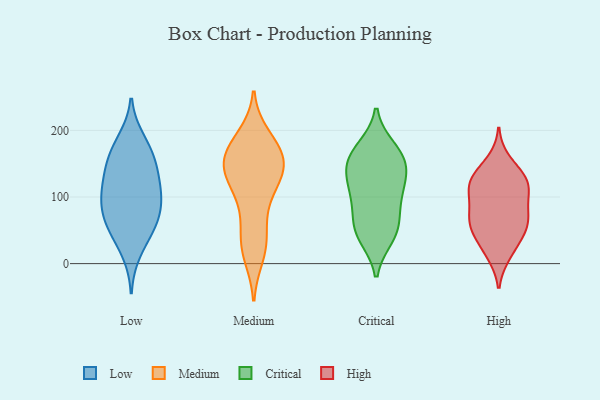
{"axis": {"x": "Temperature (°C)", "y": "Value"}, "legend": ["Critical", "High", "Low", "Medium"], "data": [{"x": "", "y": 114, "type": "Low"}, {"x": "", "y": 155, "type": "Low"}, {"x": "", "y": 56, "type": "Low"}, {"x": "", "y": 150, "type": "Low"}, {"x": "", "y": 109, "type": "Low"}, {"x": "", "y": 54, "type": "Low"}, {"x": "", "y": 16, "type": "Low"}, {"x": "", "y": 96, "type": "Low"}, {"x": "", "y": 187, "type": "Low"}, {"x": "", "y": 50, "type": "Low"}, {"x": "", "y": 95, "type": "Low"}, {"x": "", "y": 179, "type": "Low"}, {"x": "", "y": 87, "type": "Low"}, {"x": "", "y": 151, "type": "Low"}, {"x": "", "y": 69, "type": "Low"}, {"x": "", "y": 129, "type": "Low"}, {"x": "", "y": 75, "type": "Medium"}, {"x": "", "y": 24, "type": "Medium"}, {"x": "", "y": 13, "type": "Medium"}, {"x": "", "y": 135, "type": "Medium"}, {"x": "", "y": 136, "type": "Medium"}, {"x": "", "y": 155, "type": "Medium"}, {"x": "", "y": 105, "type": "Medium"}, {"x": "", "y": 173, "type": "Medium"}, {"x": "", "y": 151, "type": "Medium"}, {"x": "", "y": 46, "type": "Medium"}, {"x": "", "y": 173, "type": "Medium"}, {"x": "", "y": 181, "type": "Medium"}, {"x": "", "y": 156, "type": "Medium"}, {"x": "", "y": 27, "type": "Medium"}, {"x": "", "y": 190, "type": "Medium"}, {"x": "", "y": 142, "type": "Medium"}, {"x": "", "y": 108, "type": "Medium"}, {"x": "", "y": 136, "type": "Medium"}, {"x": "", "y": 86, "type": "Critical"}, {"x": "", "y": 152, "type": "Critical"}, {"x": "", "y": 116, "type": "Critical"}, {"x": "", "y": 158, "type": "Critical"}, {"x": "", "y": 114, "type": "Critical"}, {"x": "", "y": 53, "type": "Critical"}, {"x": "", "y": 58, "type": "Critical"}, {"x": "", "y": 135, "type": "Critical"}, {"x": "", "y": 144, "type": "Critical"}, {"x": "", "y": 97, "type": "Critical"}, {"x": "", "y": 169, "type": "Critical"}, {"x": "", "y": 43, "type": "Critical"}, {"x": "", "y": 173, "type": "Critical"}, {"x": "", "y": 40, "type": "Critical"}, {"x": "", "y": 14, "type": "High"}, {"x": "", "y": 100, "type": "High"}, {"x": "", "y": 77, "type": "High"}, {"x": "", "y": 154, "type": "High"}, {"x": "", "y": 120, "type": "High"}, {"x": "", "y": 117, "type": "High"}, {"x": "", "y": 107, "type": "High"}, {"x": "", "y": 73, "type": "High"}, {"x": "", "y": 53, "type": "High"}, {"x": "", "y": 128, "type": "High"}, {"x": "", "y": 69, "type": "High"}, {"x": "", "y": 121, "type": "High"}, {"x": "", "y": 19, "type": "High"}, {"x": "", "y": 60, "type": "High"}, {"x": "", "y": 40, "type": "High"}, {"x": "", "y": 134, "type": "High"}, {"x": "", "y": 53, "type": "High"}]}